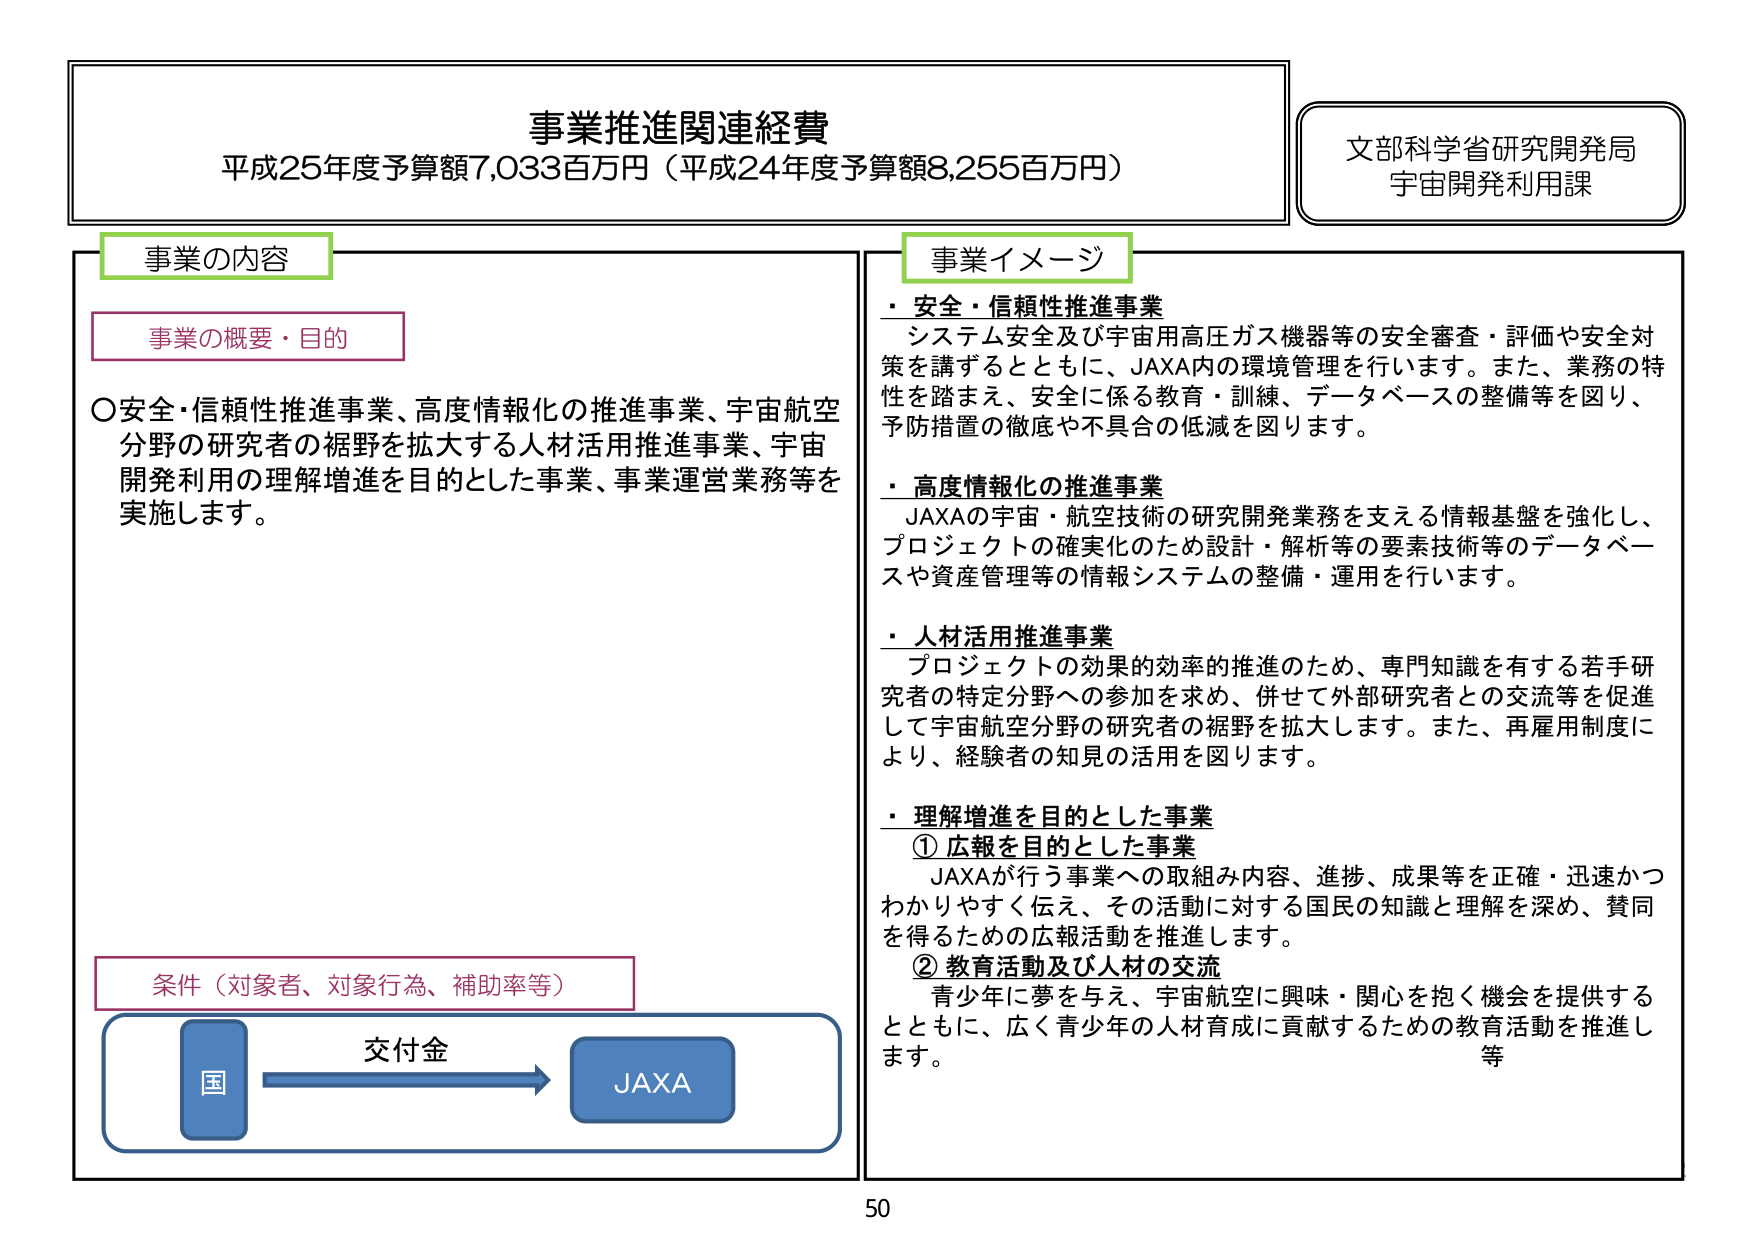
事業推進関連経費
平成25年度予算額7,033百万円（平成24年度予算額8,255百万円）

文部科学省研究開発局
宇宙開発利用課

事業の内容

事業の概要・目的
○安全・信頼性推進事業、高度情報化の推進事業、宇宙航空分野の研究者の裾野を拡大する人材活用推進事業、宇宙開発利用の理解増進を目的とした事業、事業運営業務等を実施します。

条件（対象者、対象行為、補助率等）
国 → 交付金 → JAXA

事業イメージ
・安全・信頼性推進事業
　システム安全及び宇宙用高圧ガス機器等の安全審査・評価や安全対策を講ずるとともに、JAXA内の環境管理を行います。また、業務の特性を踏まえ、安全に係る教育・訓練、データベースの整備等を図り、予防措置の徹底や不具合の低減を図ります。

・高度情報化の推進事業
　JAXAの宇宙・航空技術の研究開発業務を支える情報基盤を強化し、プロジェクトの確実化のため設計・解析等の要素技術等のデータベースや資産管理等の情報システムの整備・運用を行います。

・人材活用推進事業
　プロジェクトの効果的効率的推進のため、専門知識を有する若手研究者の特定分野への参加を求め、併せて外部研究者との交流等を促進して宇宙航空分野の研究者の裾野を拡大します。また、再雇用制度により、経験者の知見の活用を図ります。

・理解増進を目的とした事業
　① 広報を目的とした事業
　　JAXAが行う事業への取組み内容、進捗、成果等を正確・迅速かつわかりやすく伝え、その活動に対する国民の知識と理解を深め、賛同を得るための広報活動を推進します。
　② 教育活動及び人材の交流
　　青少年に夢を与え、宇宙航空に興味・関心を抱く機会を提供するとともに、広く青少年の人材育成に貢献するための教育活動を推進します。
　等

50